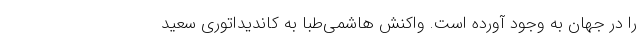
را در جهان به وجود آورده است. واکنش هاشمی‌طبا به کاندیداتوری سعید